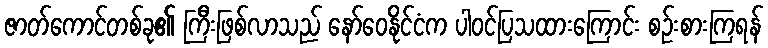
ဇာတ်ကောင်တစ်ခု၏ ကြီးဖြစ်လာသည် နော်ဝေနိုင်ငံက ပါဝင်ပြသထားကြောင်း စဉ်းစားကြရန်